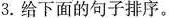
3.给下面的句子排序。